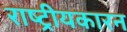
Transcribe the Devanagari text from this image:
राष्ट्रीयकारन